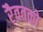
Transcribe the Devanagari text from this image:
रैवतको